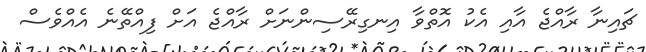
ޗައިނާ ރާއްޖެ އާއި އެކު އޮތްވާ އިނގިރޭސިންނަށް ރާއްޖެ އަށް ފިއްތޭނެ އެއްވެސް